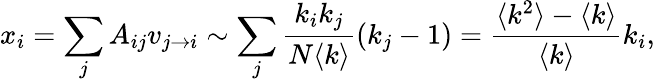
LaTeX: x_{i}=\sum_{j}A_{ij}v_{j\rightarrow i}\sim\sum_{j}{\frac{k_{i}k_{j}}{N\langle k\rangle}(k_{j}-1)}=\frac{\langle k^{2}\rangle-\langle k\rangle}{\langle k\rangle}k_{i},